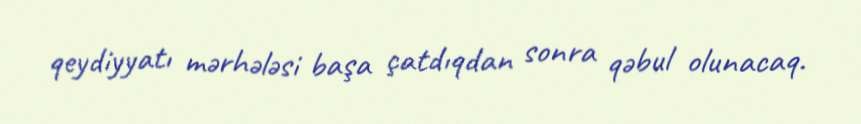
qeydiyyatı mərhələsi başa çatdıqdan sonra qəbul olunacaq.